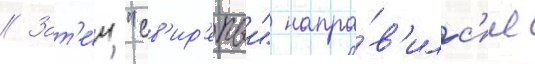
// Зат'е́м "св'ир'епыи" напра́в'илс'я